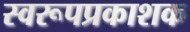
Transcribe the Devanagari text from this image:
स्वरूपप्रकाशक